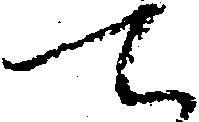
て